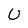
Character: U